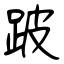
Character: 跛